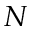
N